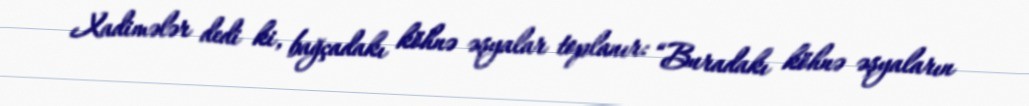
Xadimələr dedi ki, bağçadakı köhnə əşyalar toplanır: “Buradakı köhnə əşyaların